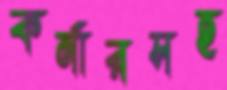
কর্নারসহ